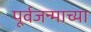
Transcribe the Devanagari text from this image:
पूर्वजन्माच्या